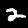
Label: 2